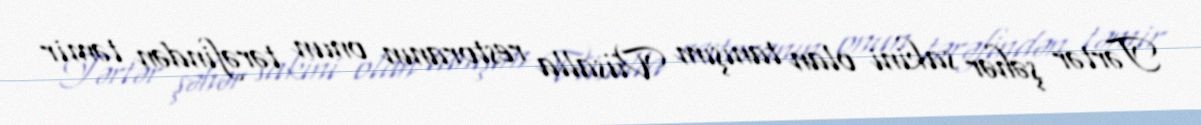
Tərtər şəhər sakini olan tanışım Vüsalla restoranın onun tərəfindən təmir